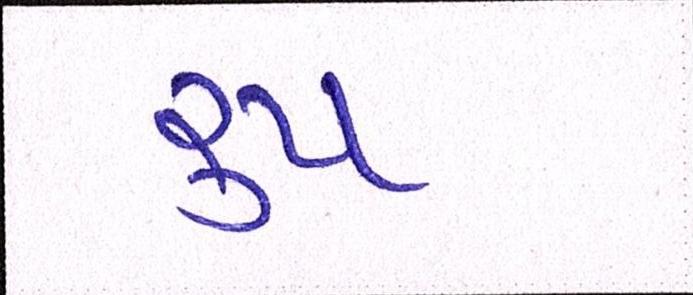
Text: રૂપ